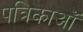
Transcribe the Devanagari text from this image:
पत्रिकाऑं